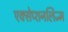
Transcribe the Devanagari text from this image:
एक्सेप्शनलिज्म